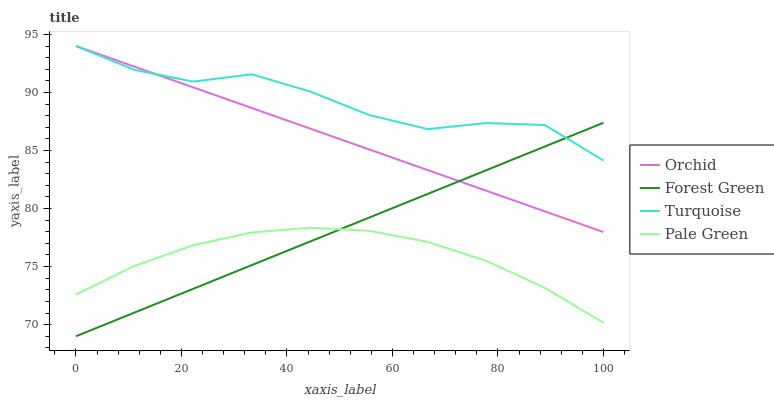
| xaxis_label | Orchid | Forest Green | Turquoise | Pale Green |
 | --- | --- | --- | --- | --- |
 | 0 | 94 | 69 | 94 | 72.6 |
 | 11.1 | 92.2 | 71 | 91.9 | 75.1 |
 | 22.2 | 90.4 | 73.1 | 90.9 | 76.8 |
 | 33.3 | 88.7 | 75.1 | 91.6 | 77.9 |
 | 44.4 | 86.9 | 77.2 | 90.1 | 78.4 |
 | 55.6 | 85.1 | 79.2 | 88.1 | 78.1 |
 | 66.7 | 83.3 | 81.3 | 86.8 | 77.1 |
 | 77.8 | 81.5 | 83.3 | 87.4 | 75.5 |
 | 88.9 | 79.8 | 85.3 | 87.2 | 73.2 |
 | 100 | 78 | 87.4 | 84.1 | 70.2 |